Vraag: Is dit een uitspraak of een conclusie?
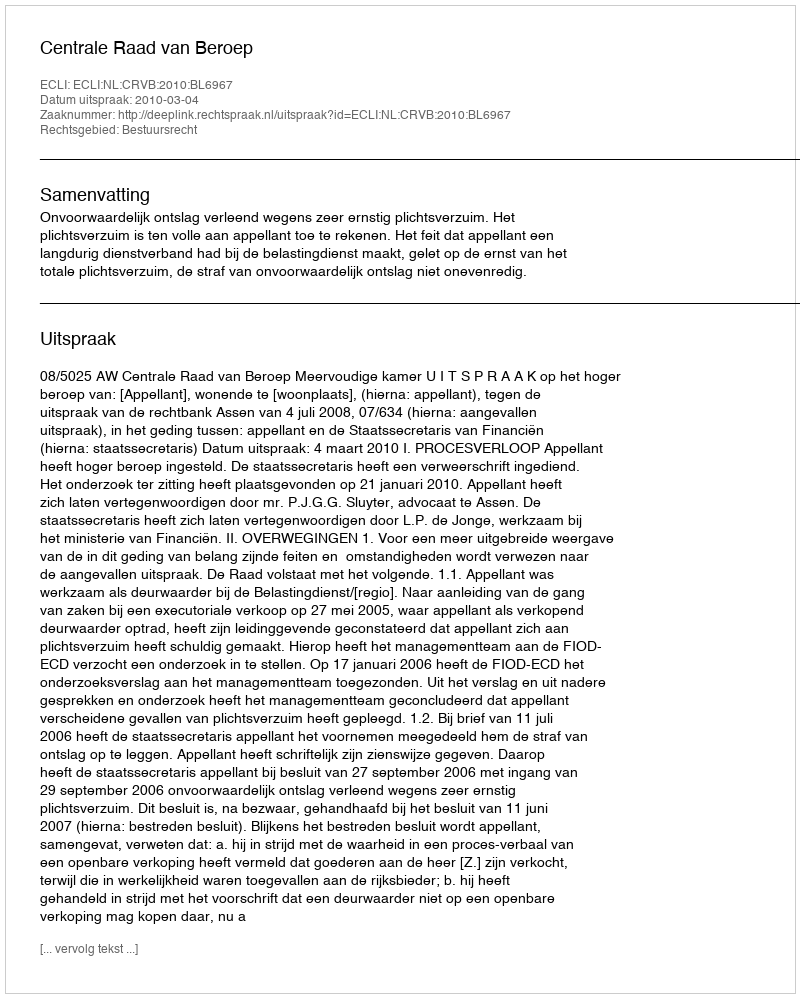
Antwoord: Uitspraak